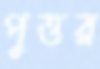
পুত্তর